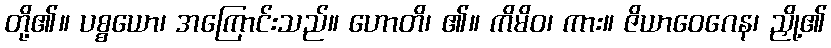
တို့၏။ ပစ္စယော၊ အကြောင်းသည်။ ဟောတိ၊ ၏။ ကိမိဝ၊ ကား။ ဇိယာဝေဂေန၊ ညှို့၏